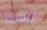
وسط